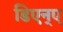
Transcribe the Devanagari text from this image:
डिएन्ए